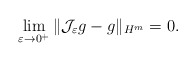
\begin{align*} \lim_{\varepsilon\rightarrow0^{+}}\|\mathcal{J}_{\varepsilon}g-g\|_{H^{m}}=0.\end{align*}